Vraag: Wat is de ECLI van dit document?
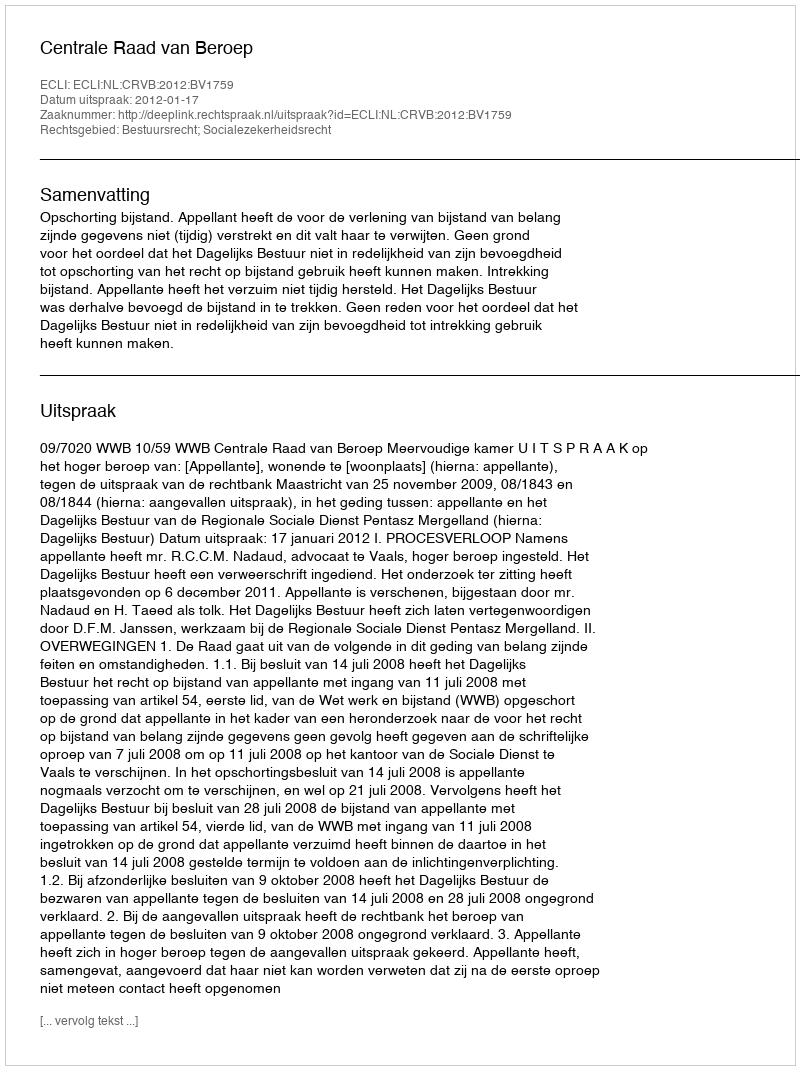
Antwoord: ECLI:NL:CRVB:2012:BV1759